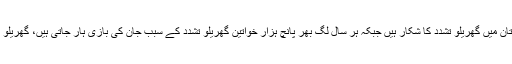
یاد رہے کہ ایک محتاط اندازے کے مطابق 20 فیصد سے زائد خواتین پاکستان میں گھریلو تشدد کا شکار ہیں جبکہ ہر سال لگ بھر پانچ ہزار خواتین گھریلو تشدد کے سبب جان کی بازی ہار جاتی ہیں، گھریلو تشدد سے تنگ آکر خودکشی کرنے والی خواتین کی تعداد اس کے علاوہ ہے۔